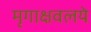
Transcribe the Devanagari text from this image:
मृगाक्षवलये